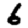
Digit: 6